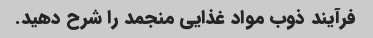
فرآیند ذوب مواد غذایی منجمد را شرح دهید.